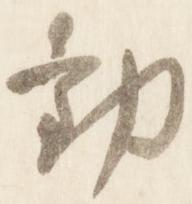
勧